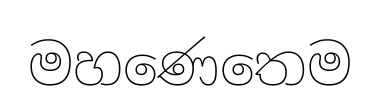
මහණෙතෙම